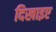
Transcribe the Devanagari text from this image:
दिखाइए